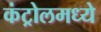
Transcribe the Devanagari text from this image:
कंट्रोलमध्ये